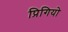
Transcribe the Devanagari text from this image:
प्रिगियो